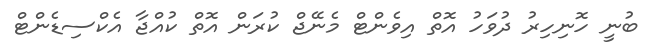
ބުނީ ހޮނިހިރު ދުވަހު އޮތް އިވެންޓް މެނޭޖް ކުރަން އޮތް ކުއްޖާ އެކްސިޑެންޓް